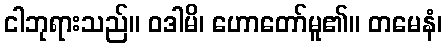
ငါဘုရားသည်။ ဝဒါမိ၊ ဟောတော်မူ၏။ တမေနံ၊